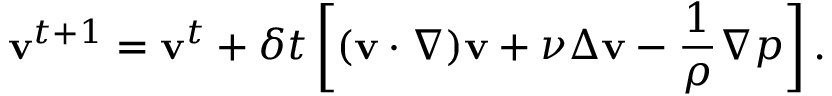
\mathbf { v } ^ { t + 1 } = \mathbf { v } ^ { t } + \delta t \left[ ( \mathbf { v } \cdot \nabla ) \mathbf { v } + \nu \Delta \mathbf { v } - \frac { 1 } { \rho } \nabla p \right] .